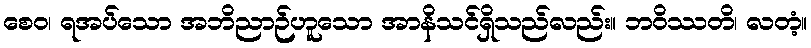
စေဝ၊ ရအပ်သော အဘိညာဉ်ဟူသော အာနိသင်ရှိသည်လည်း။ ဘဝိဿတိ၊ လတံ့။